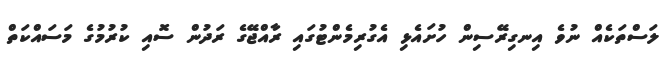
ލަސްތަކެއް ނުވެ އިނގިރޭސިން ހުށައެޅި އެގުރިމެންޓުގައި ރާއްޖޭގެ ރަދުން ސޮއި ކުރުމުގެ މަސައްކަތް